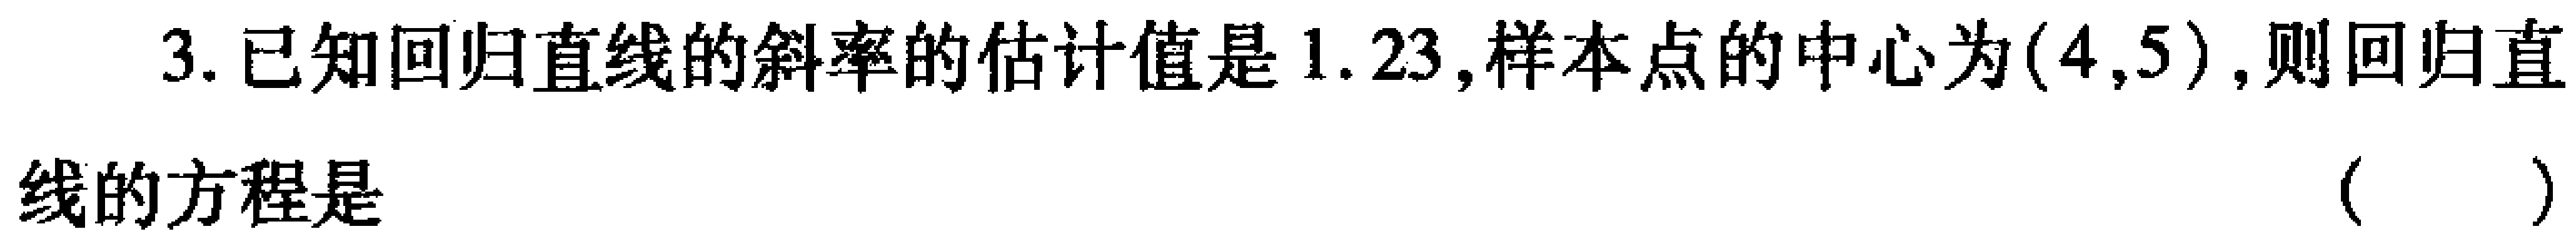
3. 已知回归直线的斜率的估计值是\(1.23\)，样本点的中心为\((4,5)\)，则回归直

线的方程是 （  ）